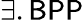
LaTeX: \exists.{\mathsf{BPP}}